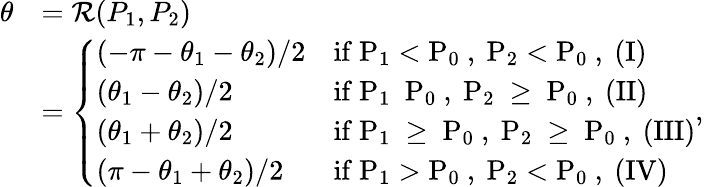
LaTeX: \begin{array}{rl}{\theta}&{=\mathcal{R}(P_{1},P_{2})}\\ &{=\left\{ \begin{array}{ll}{(-\pi-\theta_{1}-\theta_{2})/2}&{\mathrm{if~P_1<P_0~,~P_2<P_0~,~(I)}}\\ {(\theta_{1}-\theta_{2})/2}&{\mathrm{if~P_1~\le~P_0~,~P_2~\ge~P_0~,~(II)}}\\ {(\theta_{1}+\theta_{2})/2}&{\mathrm{if~P_1~\ge~P_0~,~P_2~\ge~P_0~,~(III)}}\\ {(\pi-\theta_{1}+\theta_{2})/2}&{\mathrm{if~P_1>P_0~,~P_2<P_0~,~(IV)}}\end{array}\right.,}\end{array}